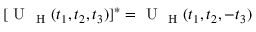
[ \mathrm { ~ U ~ } _ { \mathrm { ~ H ~ } } ( t _ { 1 } , t _ { 2 } , t _ { 3 } ) ] ^ { * } = \mathrm { ~ U ~ } _ { \mathrm { ~ H ~ } } ( t _ { 1 } , t _ { 2 } , - t _ { 3 } )